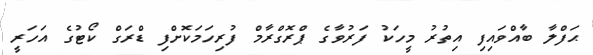
ޙަފްލާ ބާއްވައިފި އިތުރު މީހަކު ފަރުވާގެ ޕްރޮގްރާމް ފުރިހަމަކޮށްފި ޑްރަގް ކޯޓުގެ އަހަރީ